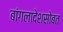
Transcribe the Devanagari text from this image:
बांगलादेशसोबत